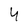
Character: 4